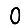
Digit: 0